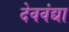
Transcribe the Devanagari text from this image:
देववंद्या